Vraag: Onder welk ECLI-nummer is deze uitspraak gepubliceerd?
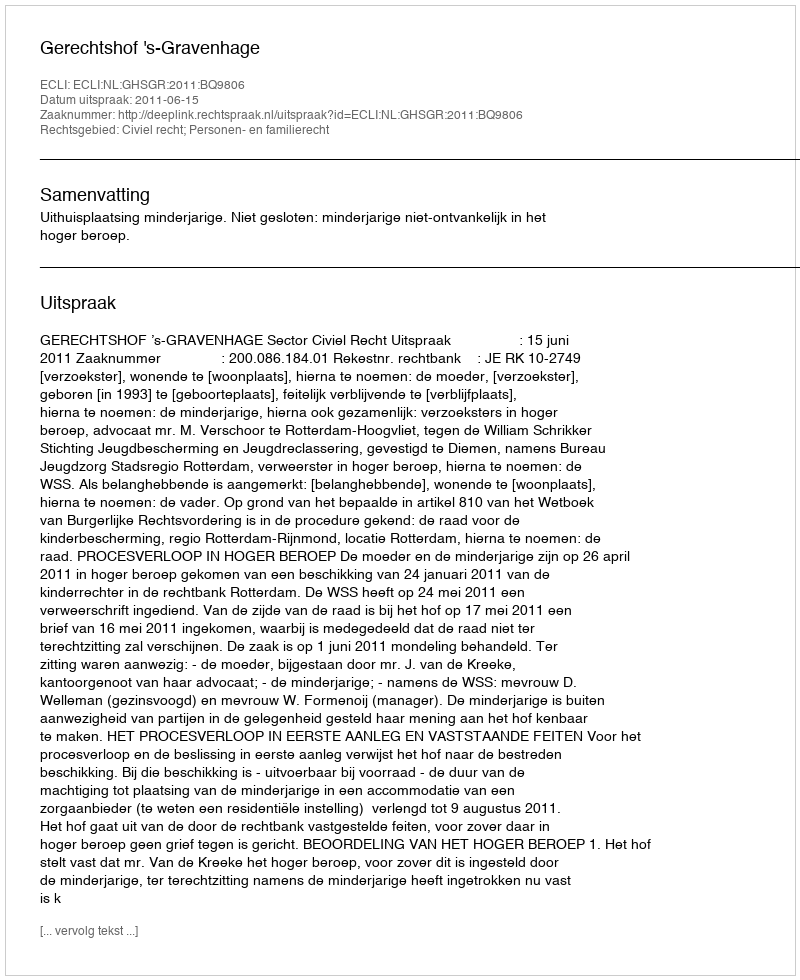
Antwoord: ECLI:NL:GHSGR:2011:BQ9806